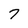
Character: 7